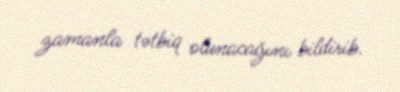
zamanla tətbiq olunacağını bildirib.